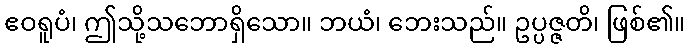
ဧဝရူပံ၊ ဤသို့သဘောရှိသော။ ဘယံ၊ ဘေးသည်။ ဥပ္ပဇ္ဇတိ၊ ဖြစ်၏။